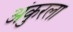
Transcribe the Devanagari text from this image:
अंकुरला